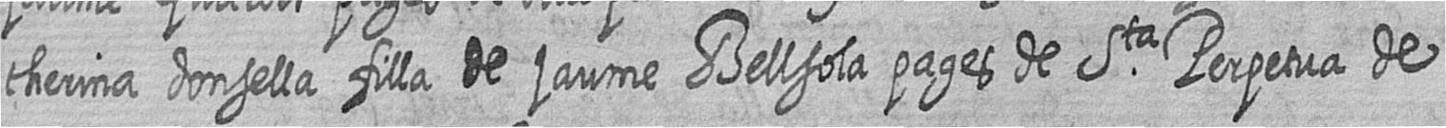
therina donsella filla de jaume Bellsola pages de Sta Perpetua de